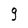
Character: 9